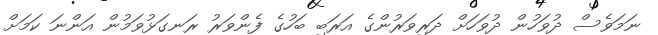
ނަމަވެސް ދުވަހުން ދުވަހަށް ދަރިވަރުންގެ އަރަބި ބަހުގެ ފެންވަރު ރަނގަޅުވަމުން އަންނަ ކަމަށް